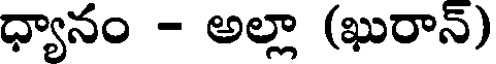
ధ్యానం - అల్లా (ఖురాన్)